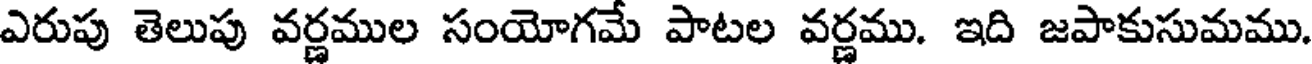
ఎరుపు తెలుపు వర్ణముల సంయోగమే పాటల వర్ణము. ఇది జపాకుసుమము.